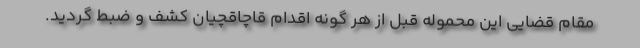
مقام قضایی این محموله قبل از هر گونه اقدام قاچاقچیان کشف و ضبط گردید.